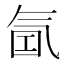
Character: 𰛁